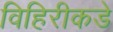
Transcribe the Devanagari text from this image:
विहिरीकडे